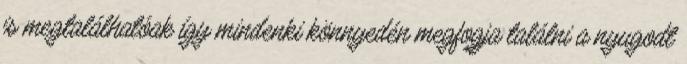
is megtalálhatóak így mindenki könnyedén megfogja találni a nyugodt